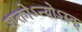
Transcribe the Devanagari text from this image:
शक्तोऽन्योऽरुक्